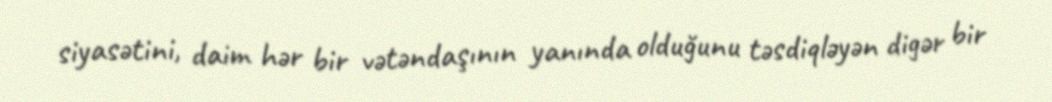
siyasətini, daim hər bir vətəndaşının yanında olduğunu təsdiqləyən digər bir